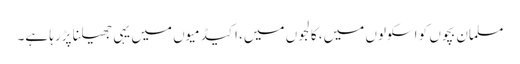
مسلمان بچوں کو اسکولوں میں، کالجوں میں، اکیڈمیوں میں یہی جھیلنا پڑرہا ہے۔